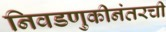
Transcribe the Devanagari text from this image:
निवडणुकीनंतरची